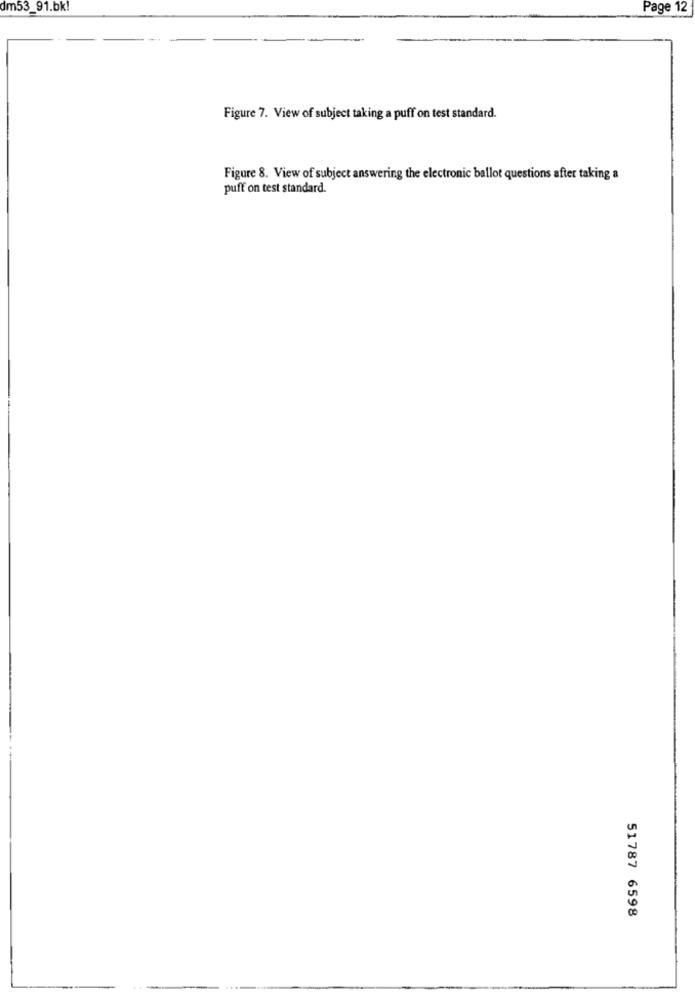
dm53_91.bk!
Page 12
Figure 7. View of subject taking a puff on test standard.
Figure 8. View of subject answering the electronic ballot questions after taking a
puff on test standard.
51787 6598